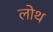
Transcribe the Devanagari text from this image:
लोथ